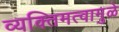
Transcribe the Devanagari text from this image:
व्यक्तिमत्वामुळे